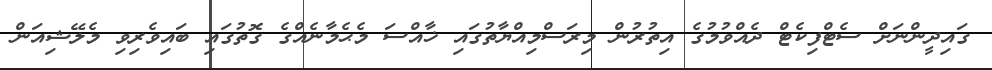
ގައިދީންނަށް ސެޓްފިކެޓް ދެއްވުމުގެ އިތުރުން މިރަސްމިއްޔާތުގައި ޚާއްސަ މެޙެމާނެއްގެ ގޮތުގައި ބައިވެރިވި މެލޭޝިއަން